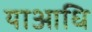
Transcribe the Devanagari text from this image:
याआधि